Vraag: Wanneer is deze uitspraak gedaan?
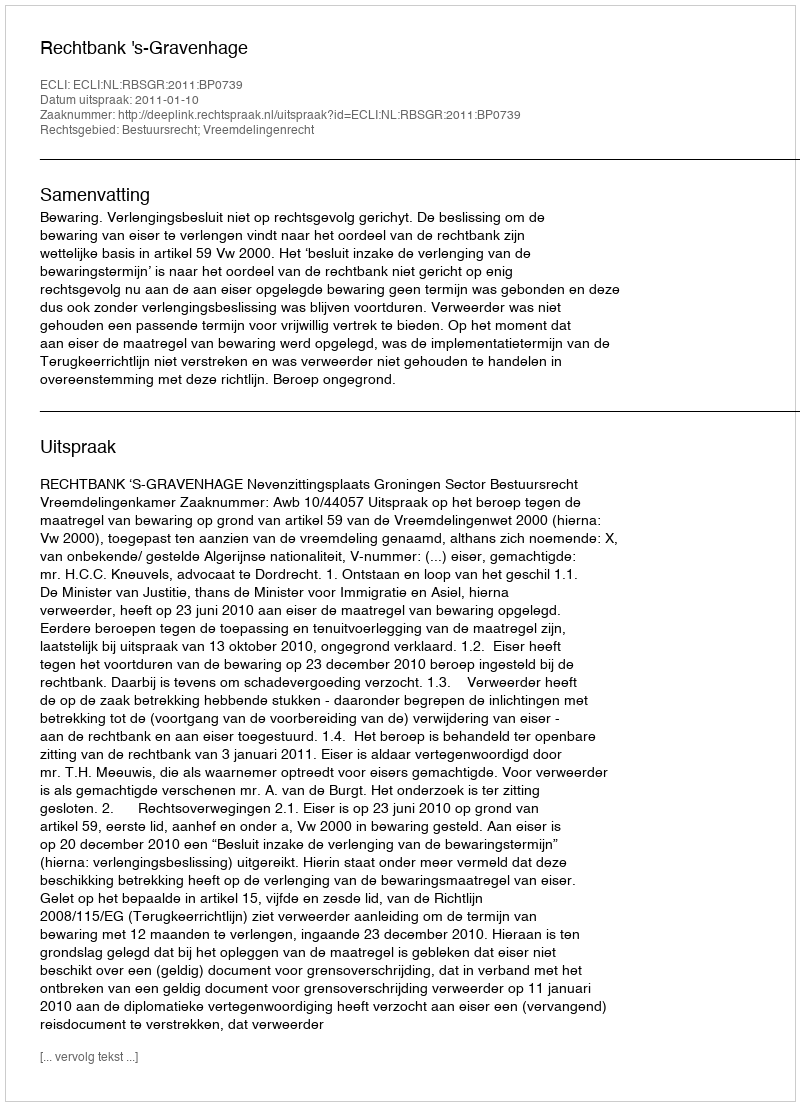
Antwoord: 2011-01-10